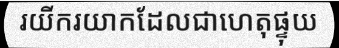
រយីករយាកដែលជាហេតុផ្ទុយ